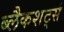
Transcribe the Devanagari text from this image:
ब्लैकशर्ट्स